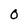
Character: 0